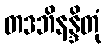
တဒဘိနန္ဒိတုံ